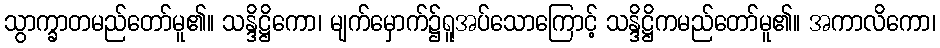
သွာက္ခာတမည်တော်မူ၏။ သန္ဒိဋ္ဌိကော၊ မျက်မှောက်၌ရူအပ်သောကြောင့် သန္ဒိဋ္ဌိကမည်တော်မူ၏။ အကာလိကော၊